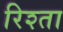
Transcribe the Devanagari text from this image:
रिश्‍ता